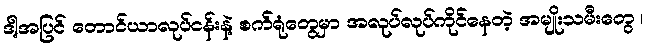
ဒါ့အပြင် တောင်ယာလုပ်ငန်းနဲ့ စက်ရုံတွေမှာ အလုပ်လုပ်ကိုင်နေတဲ့ အမျိုးသမီးတွေ ၊